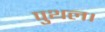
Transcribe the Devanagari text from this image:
पुथल।